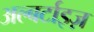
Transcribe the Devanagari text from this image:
अल्बर्टाइज़